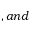
, a n d